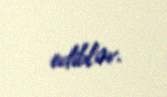
ediblər.